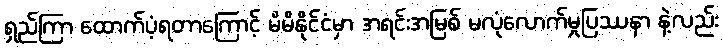
ရှည်ကြာ ထောက်ပံ့ရတာကြောင့် မိမိနိုင်ငံမှာ အရင်းအမြစ် မလုံလောက်မှုပြဿနာ နဲ့လည်း